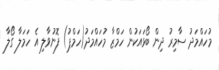
މުހައްމަދު ސާމިރު ދިން ބޯޅައަކުން ހަމްޒާ މުހައްމަދު(ހަމްޕު) ފޮނުވާލި އެ ހަމަލާ ގޯލާ